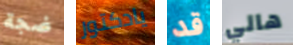
ضجة يادكتور قد هالي